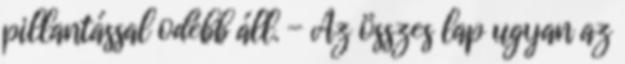
pillantással odébb áll. - Az összes lap ugyan az